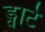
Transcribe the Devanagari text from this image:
ड्वार्टे